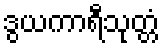
ဒွယကာရီသုတ္တံ